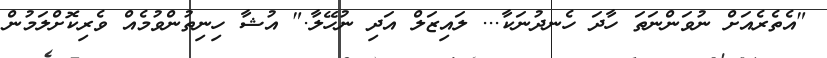
"އެތެރެއަށް ނުވަންނަތަ ހާދަ ހެނދުނަކާ... ލައިޒަލް އަދި ނުހޭލާ." އުޝާ ހިނިތުންވުމެއް ވެރިކޮށްލަމުން